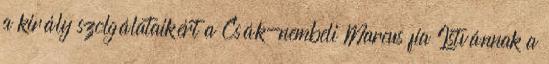
a király szolgálataikért a Csák-nembeli Marcus fia Istvánnak a